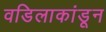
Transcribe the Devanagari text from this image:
वडिलाकांडून